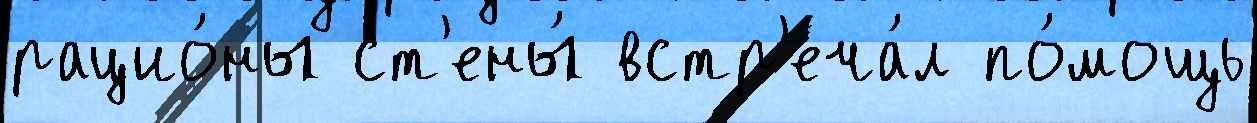
рацио́ны ст'ены́ встр'еча́л по́мощь